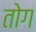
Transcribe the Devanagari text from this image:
तोग